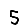
Digit: 5